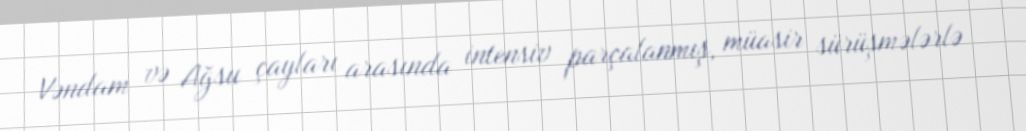
Vəndam və Ağsu çayları arasında intensiv parçalanmış, müasir sürüşmələrlə